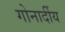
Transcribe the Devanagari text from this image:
गोनार्दीय